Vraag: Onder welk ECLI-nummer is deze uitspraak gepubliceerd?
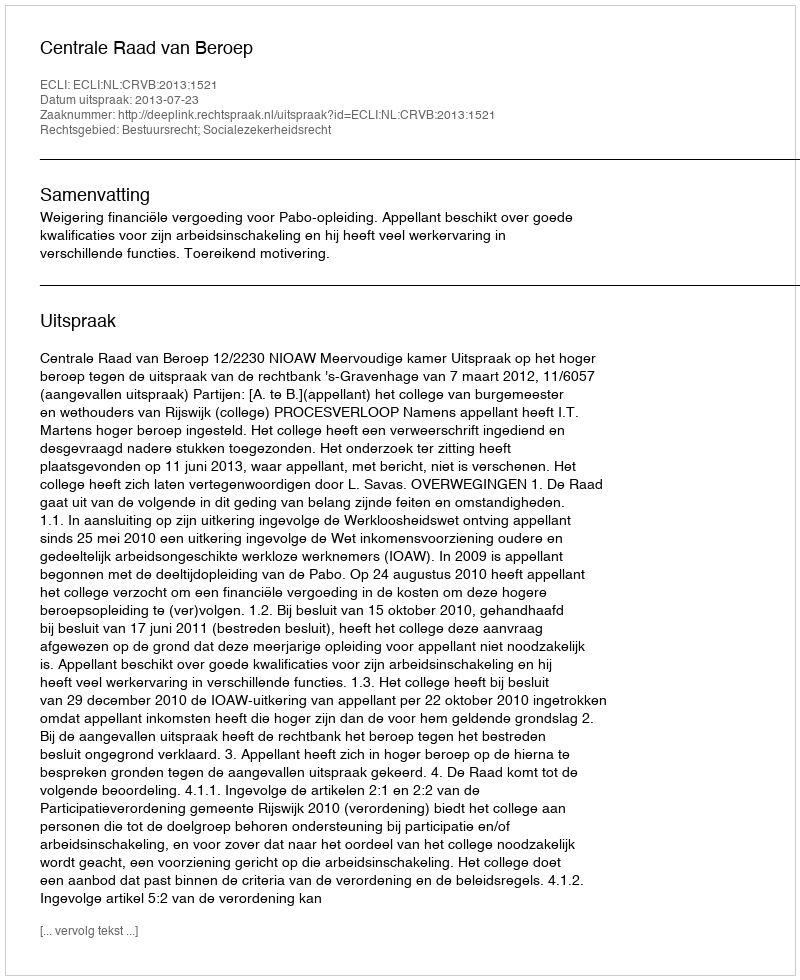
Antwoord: ECLI:NL:CRVB:2013:1521